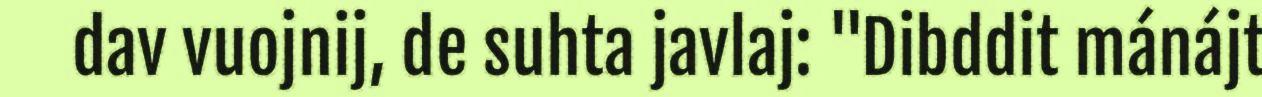
dav vuojnij, de suhta javlaj: "Dibddit mánájt